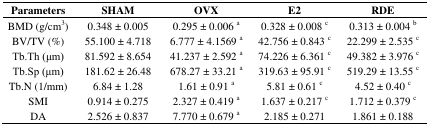
<table><thead><tr><td><b>Parameters</b></td><td><b>SHAM</b></td><td><b>OVX</b></td><td><b>E2</b></td><td><b>RDE</b></td></tr></thead><tbody><tr><td>BMD (g/cm<sup>3</sup>)</td><td>0.348 ± 0.005</td><td>0.295 ± 0.006 <sup>a</sup></td><td>0.328 ± 0.008 <sup>c</sup></td><td>0.313 ± 0.004 <sup>b</sup></td></tr><tr><td>BV/TV (%)</td><td>55.100 ± 4.718</td><td>6.777 ± 4.1569 <sup>a</sup></td><td>42.756 ± 0.843 <sup>c</sup></td><td>22.299 ± 2.535 <sup>c</sup></td></tr><tr><td>Tb.Th (μm)</td><td>81.592 ± 8.654</td><td>41.237 ± 2.592 <sup>a</sup></td><td>74.226 ± 6.361 <sup>c</sup></td><td>49.382 ± 3.976 <sup>c</sup></td></tr><tr><td>Tb.Sp (μm)</td><td>181.62 ± 26.48</td><td>678.27 ± 33.21 <sup>a</sup></td><td>319.63 ± 95.91 <sup>c</sup></td><td>519.29 ± 13.55 <sup>c</sup></td></tr><tr><td>Tb.N (1/mm)</td><td>6.84 ± 1.28</td><td>1.61 ± 0.91 <sup>a</sup></td><td>5.81 ± 0.61 <sup>c</sup></td><td>4.52 ± 0.40 <sup>c</sup></td></tr><tr><td>SMI</td><td>0.914 ± 0.275</td><td>2.327 ± 0.419 <sup>a</sup></td><td>1.637 ± 0.217 <sup>c</sup></td><td>1.712 ± 0.379 <sup>c</sup></td></tr><tr><td>DA</td><td>2.526 ± 0.837</td><td>7.770 ± 0.679 <sup>a</sup></td><td>2.185 ± 0.271</td><td>1.861 ± 0.188</td></tr></tbody></table>